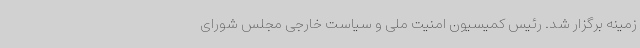
زمینه برگزار شد. رئیس کمیسیون امنیت ملی و سیاست خارجی مجلس شورای